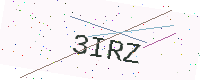
Text: 3IRZ